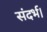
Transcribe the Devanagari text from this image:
संदर्भ।